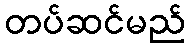
တပ်ဆင်မည်